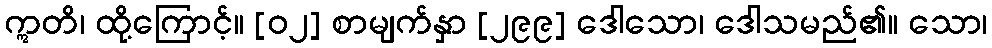
ဣတိ၊ ထို့ကြောင့်။ [၀၂] စာမျက်နှာ [၂၉၉] ဒေါသော၊ ဒေါသမည်၏။ သော၊